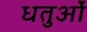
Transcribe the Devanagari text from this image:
धतुओं